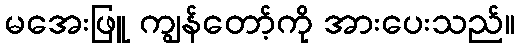
မအေးဖြူ ကျွန်တော့်ကို အားပေးသည်။